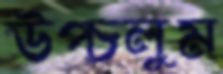
উপ্‌চলুম